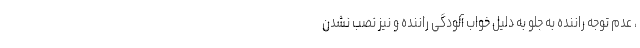
، عدم توجه راننده به جلو به دلیل خواب آلودگی راننده و نیز نصب نشدن